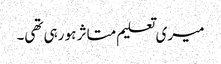
میری تعلیم متاثر ہو رہی تھی۔